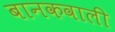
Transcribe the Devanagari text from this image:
बानकवाली